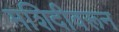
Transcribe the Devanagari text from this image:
मशिदीवरून